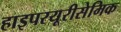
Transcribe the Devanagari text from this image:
हाइपरयूरीसेमिक